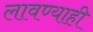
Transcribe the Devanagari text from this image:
लावण्याही